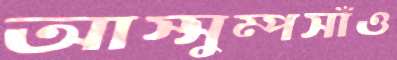
আস্সুম্পসাঁও